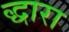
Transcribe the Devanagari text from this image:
द्धारा